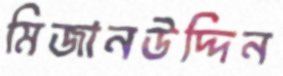
মিজানউদ্দিন